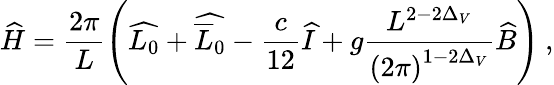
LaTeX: \widehat{H}=\frac{2\pi}{L}\left(\widehat{L_{0}}+\widehat{\overline{{{L}}}_{0}}-\frac{c}{12}\widehat{I}+g\frac{L^{2-2\Delta_{V}}}{\left(2\pi\right)^{1-2\Delta_{V}}}\widehat{B}\right)\: ,